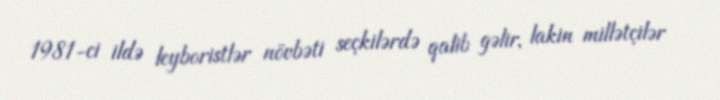
1981-ci ildə leyboristlər növbəti seçkilərdə qalib gəlir, lakin millətçilər